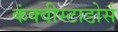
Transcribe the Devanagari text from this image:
कंक्वीस्टाडोर्स